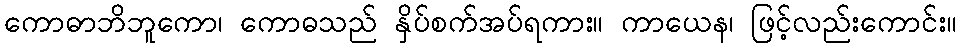
ကောဓာဘိဘူကော၊ ကောဓသည် နှိပ်စက်အပ်ရကား။ ကာယေန၊ ဖြင့်လည်းကောင်း။